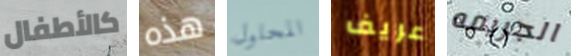
كالأطفال هذه المحلول عريف الجريمه